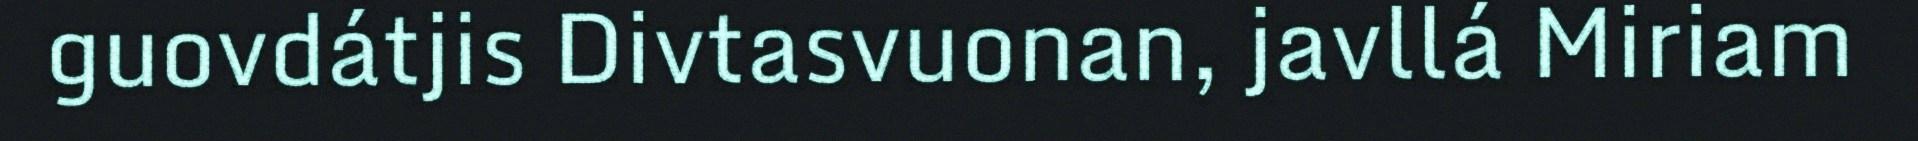
guovdátjis Divtasvuonan, javllá Miriam